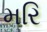
મરિ